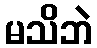
မသိဘဲ